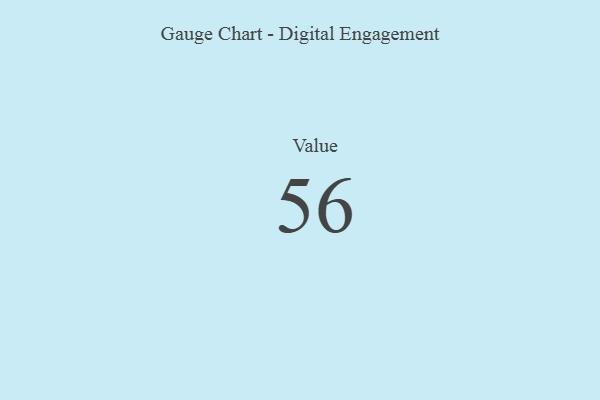
{"axis": {"x": "Metric", "y": "Value"}, "legend": [""], "data": [{"x": "Value", "y": 56, "type": ""}]}